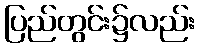
ပြည်တွင်း၌လည်း